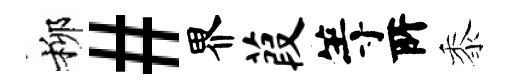
柳#界葭等𠩄黍